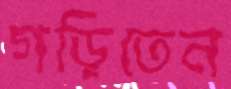
গড়িতেন